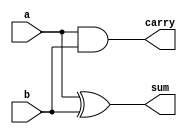
`timescale 1ns/1ps

module half_adder(         //start code of half adder module
     a,b,                  //inputs
     sum,carry             //outputs
);

 input wire a,b;
 output wire sum,carry;

 assign sum = a ^ b;        //sum bit
 assign carry = a & b;      //carry bit

endmodule                 //end code of half adder module